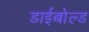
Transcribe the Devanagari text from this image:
डाईबोल्ड